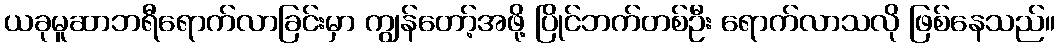
ယခုမူဆာဘရီရောက်လာခြင်းမှာ ကျွန်တော့်အဖို့ ပြိုင်ဘက်တစ်ဦး ရောက်လာသလို ဖြစ်နေသည်။